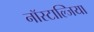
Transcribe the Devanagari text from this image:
नॉस्टाल्जिया